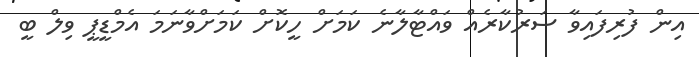
އިން ފުރިފައިވާ ސަރުކާރެއް ވައްޓާލާނެ ކަމަށް ހީކޮށް ކަމަށްވާނަމަ އެމްޑީޕީ ވިލް ބީ